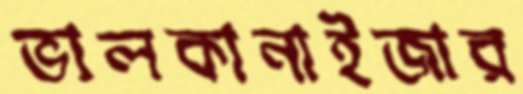
ভালকানাইজার